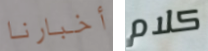
أخبارنا كلام